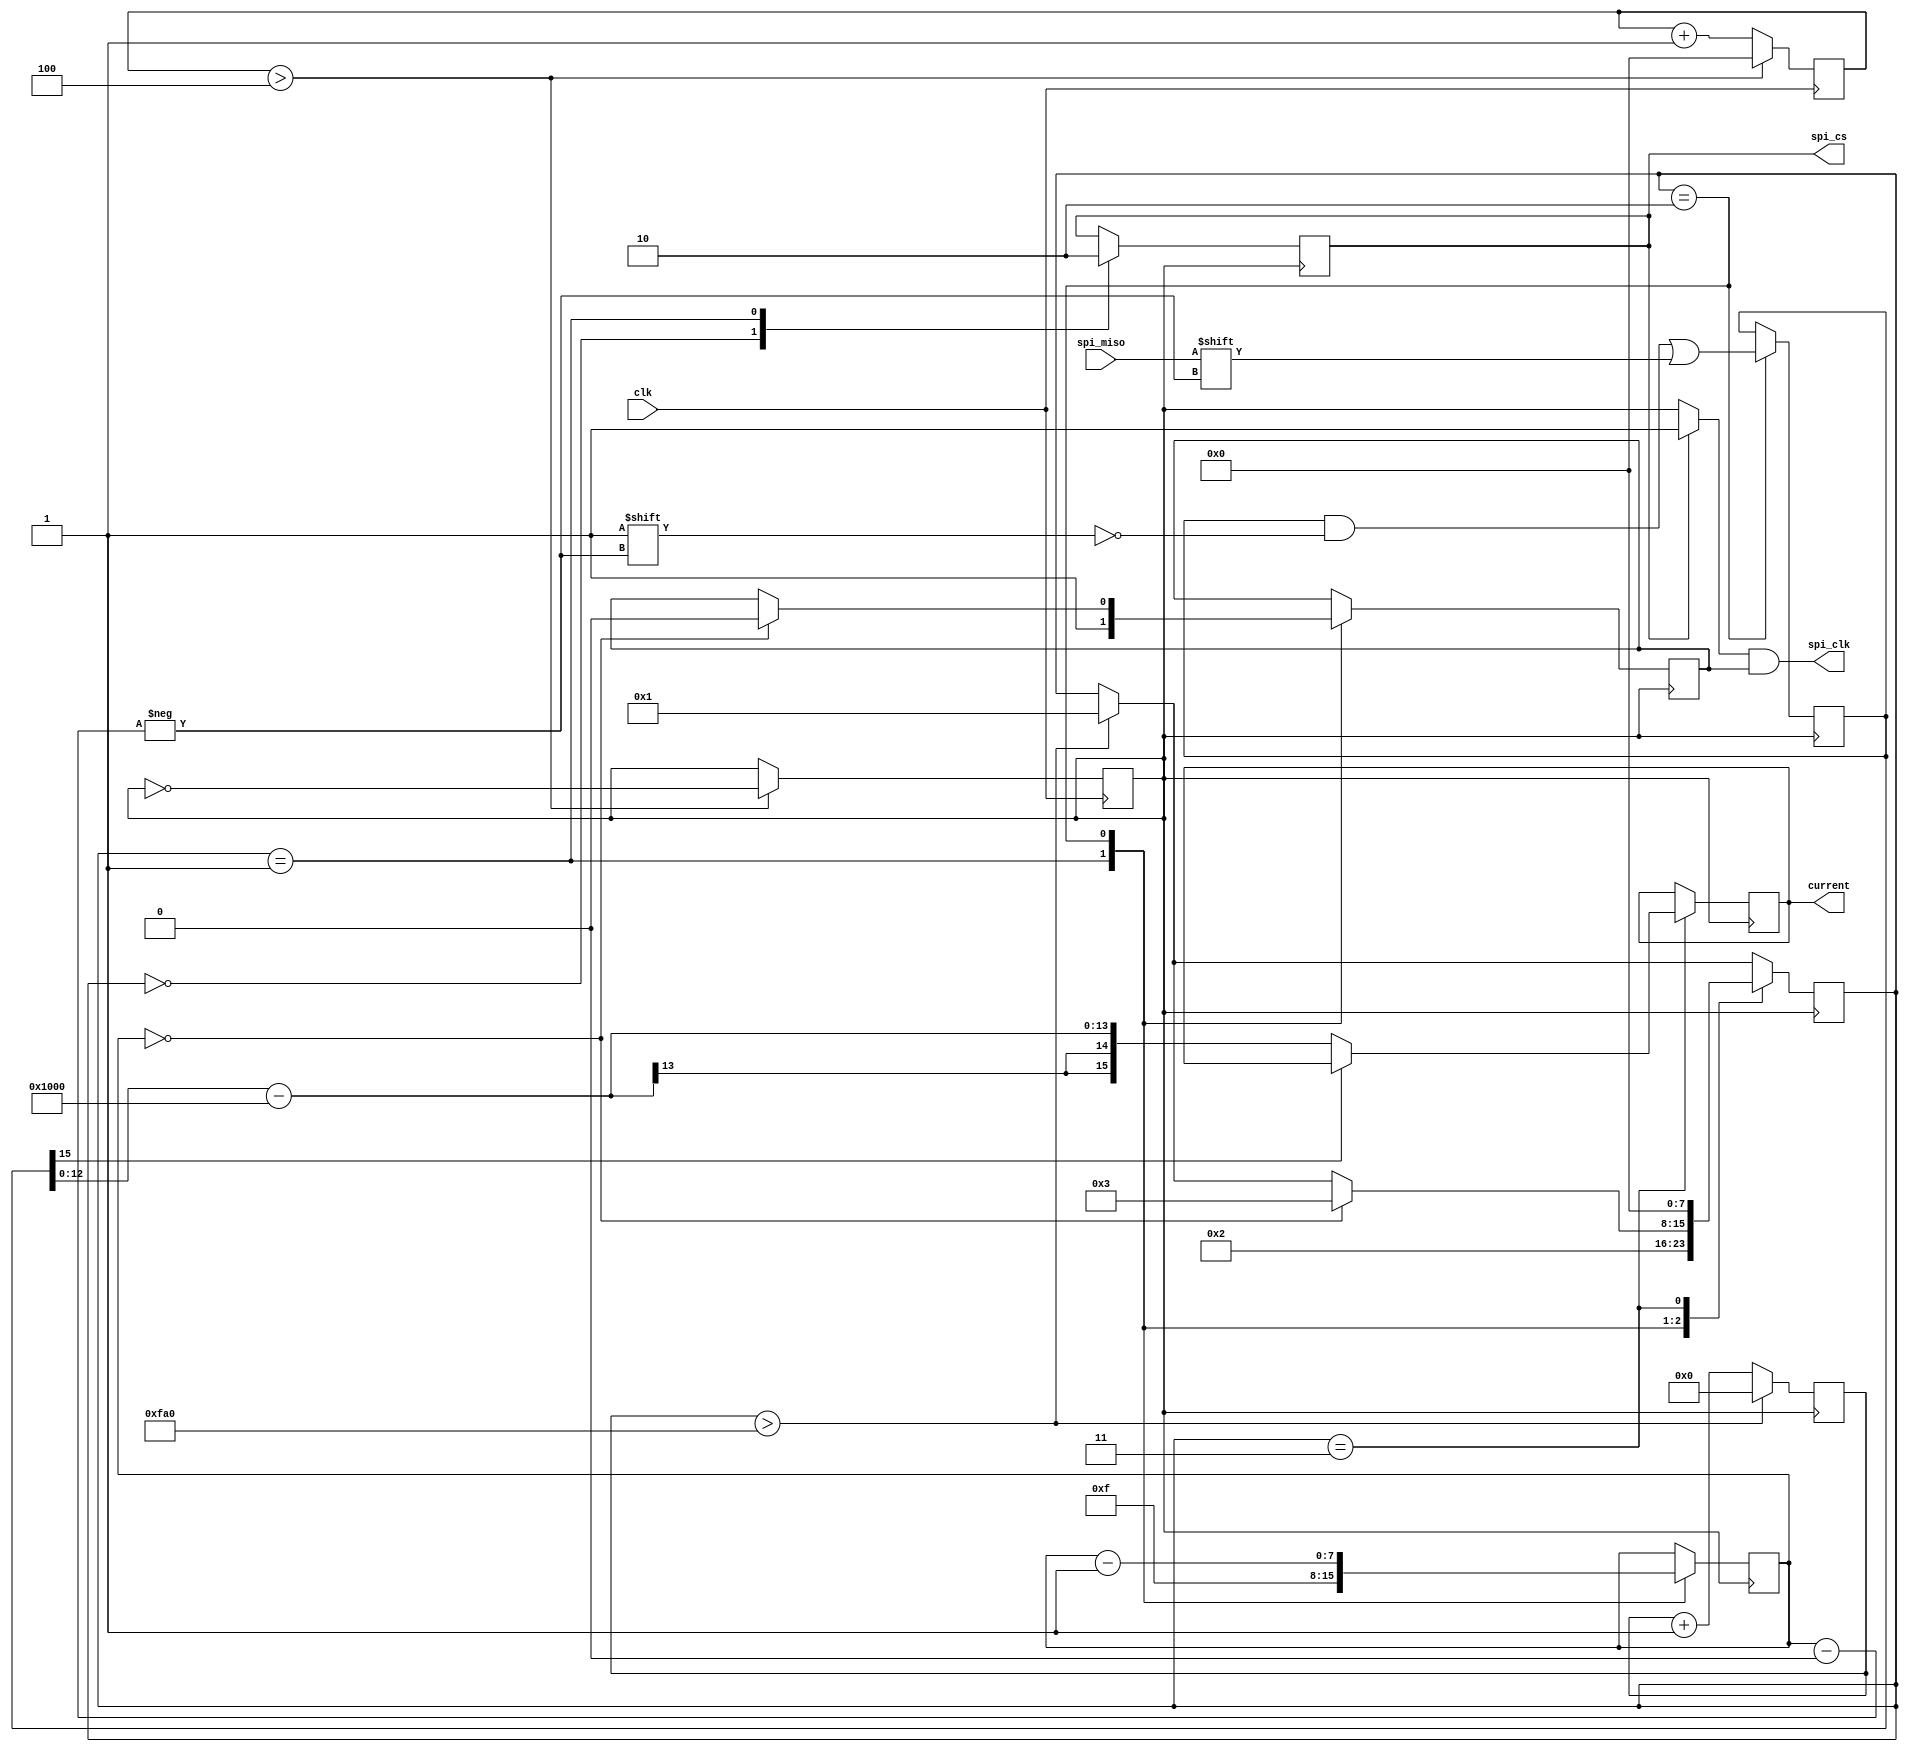
module TLI4970(
  input clk,
  output reg signed [15:0] current,
  input spi_miso,
  output spi_cs,
  output spi_clk
  )/* synthesis syn_noprune = 1*/;
  localparam  CLOCK_FREQ = 16_000_000;
  localparam  CLOCK_DIVIDER = 4;
  localparam  UPDATE_FREQ = 1000;
  reg clk_slow;
  reg [7:0] counter;
  always @ ( posedge clk ) begin: CLK_GENERATOR
    counter <= counter + 1;
    if(counter>CLOCK_DIVIDER)begin
      clk_slow <= !clk_slow;
      counter <= 0;
    end
  end

  reg clk_out;
  reg slave_select;
  assign spi_clk = (slave_select?1:clk_slow)&clk_out;
  assign spi_cs = slave_select;

  reg [7:0] bit_counter;
  reg [15:0] data;
  reg [15:0] delay_counter;
  reg [7:0] state;
  wire signed [12:0] current_raw;
  assign current_raw = data[12:0];

  localparam  IDLE = 0, SLAVE_SELECT = 1, CLOCK_DATA = 2, STOP = 3;

  always @(negedge clk_slow) begin: TLI4970_READOUT_LOGIC
    if(delay_counter>(CLOCK_FREQ/CLOCK_DIVIDER/UPDATE_FREQ))begin
      state <= SLAVE_SELECT;
      delay_counter <= 0;
    end else begin
      delay_counter <= delay_counter+1;
    end

    case(state)
      IDLE: begin
        slave_select <= 1;
      end
      SLAVE_SELECT: begin
        slave_select <= 0;
        clk_out <= 1;
        state <= CLOCK_DATA;
        bit_counter <= 15;
      end
      CLOCK_DATA: begin
        data[bit_counter] <= spi_miso;
        bit_counter <= bit_counter - 1;
        if(bit_counter==0)begin
          state <= STOP;
          clk_out <= 0;
        end
      end
      STOP: begin
        if(data[15]==0)begin
          current <= current_raw-16'd4096;
        end
        state <= IDLE;
      end
    endcase
  end

  endmodule